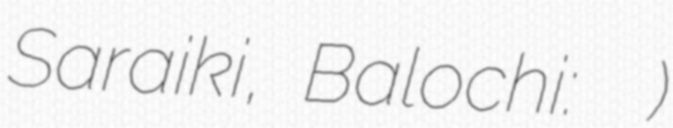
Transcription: Saraiki, Balochi: سخی سرور)